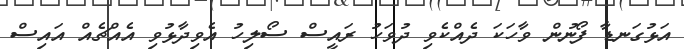
އަޅުގަނޑާ ފޯނުން ވާހަކަ ދެއްކެވި ދުވަހު ރައީސް ސޯލިހު އެވިދާޅުވި އެއްޗެއް އައިސް